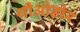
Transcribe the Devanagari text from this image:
थीओडोर